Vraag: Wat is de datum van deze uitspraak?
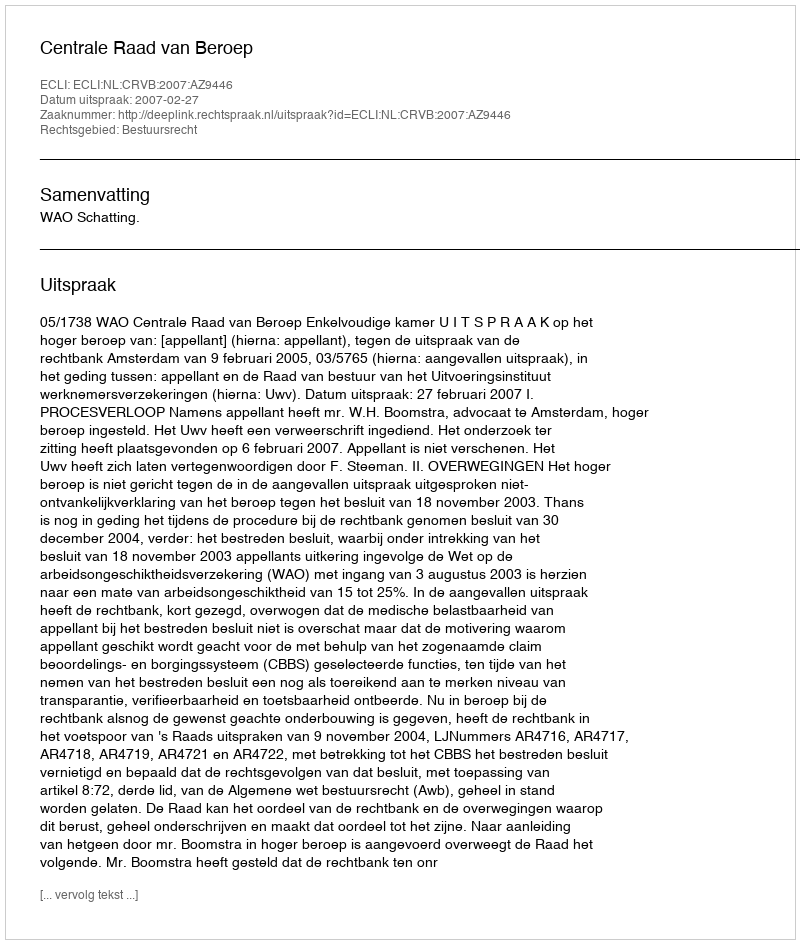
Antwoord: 2007-02-27